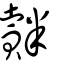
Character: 𧸝